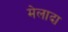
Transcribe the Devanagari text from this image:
मेलादा